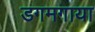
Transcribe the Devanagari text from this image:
डगमगाया